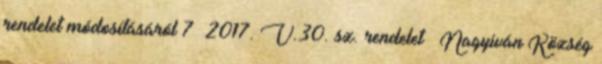
rendelet módosításáról 7 2017. V.30. sz. rendelet – Nagyiván Község